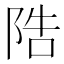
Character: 䧊